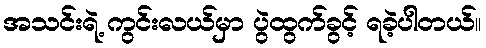
အသင်းရဲ့ ကွင်းလယ်မှာ ပွဲထွက်ခွင့် ရခဲ့ပါတယ်။